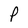
Character: P